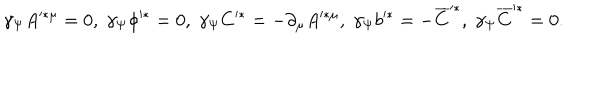
LaTeX: \gamma _ { \Psi } A ^ { * \mu } = 0 , \; \gamma _ { \Psi } \phi ^ { * } = 0 , \; \gamma _ { \Psi } C ^ { * } = - \partial _ { \mu } A ^ { * \mu } , \; \gamma _ { \Psi } b ^ { * } = - \overline { { { C } } } ^ { * } , \; \gamma _ { \Psi } \overline { { { C } } } ^ { * } = 0 .